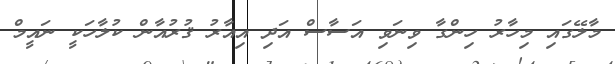
މާލޭގައި މިހާރު ހިންގާ ވިނަވި އަސާސް އަދި އިއާރު ޤުރުއާން ކުލާހަކީ ނައީމް